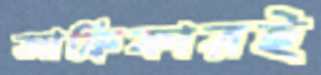
আফ্রিকারই